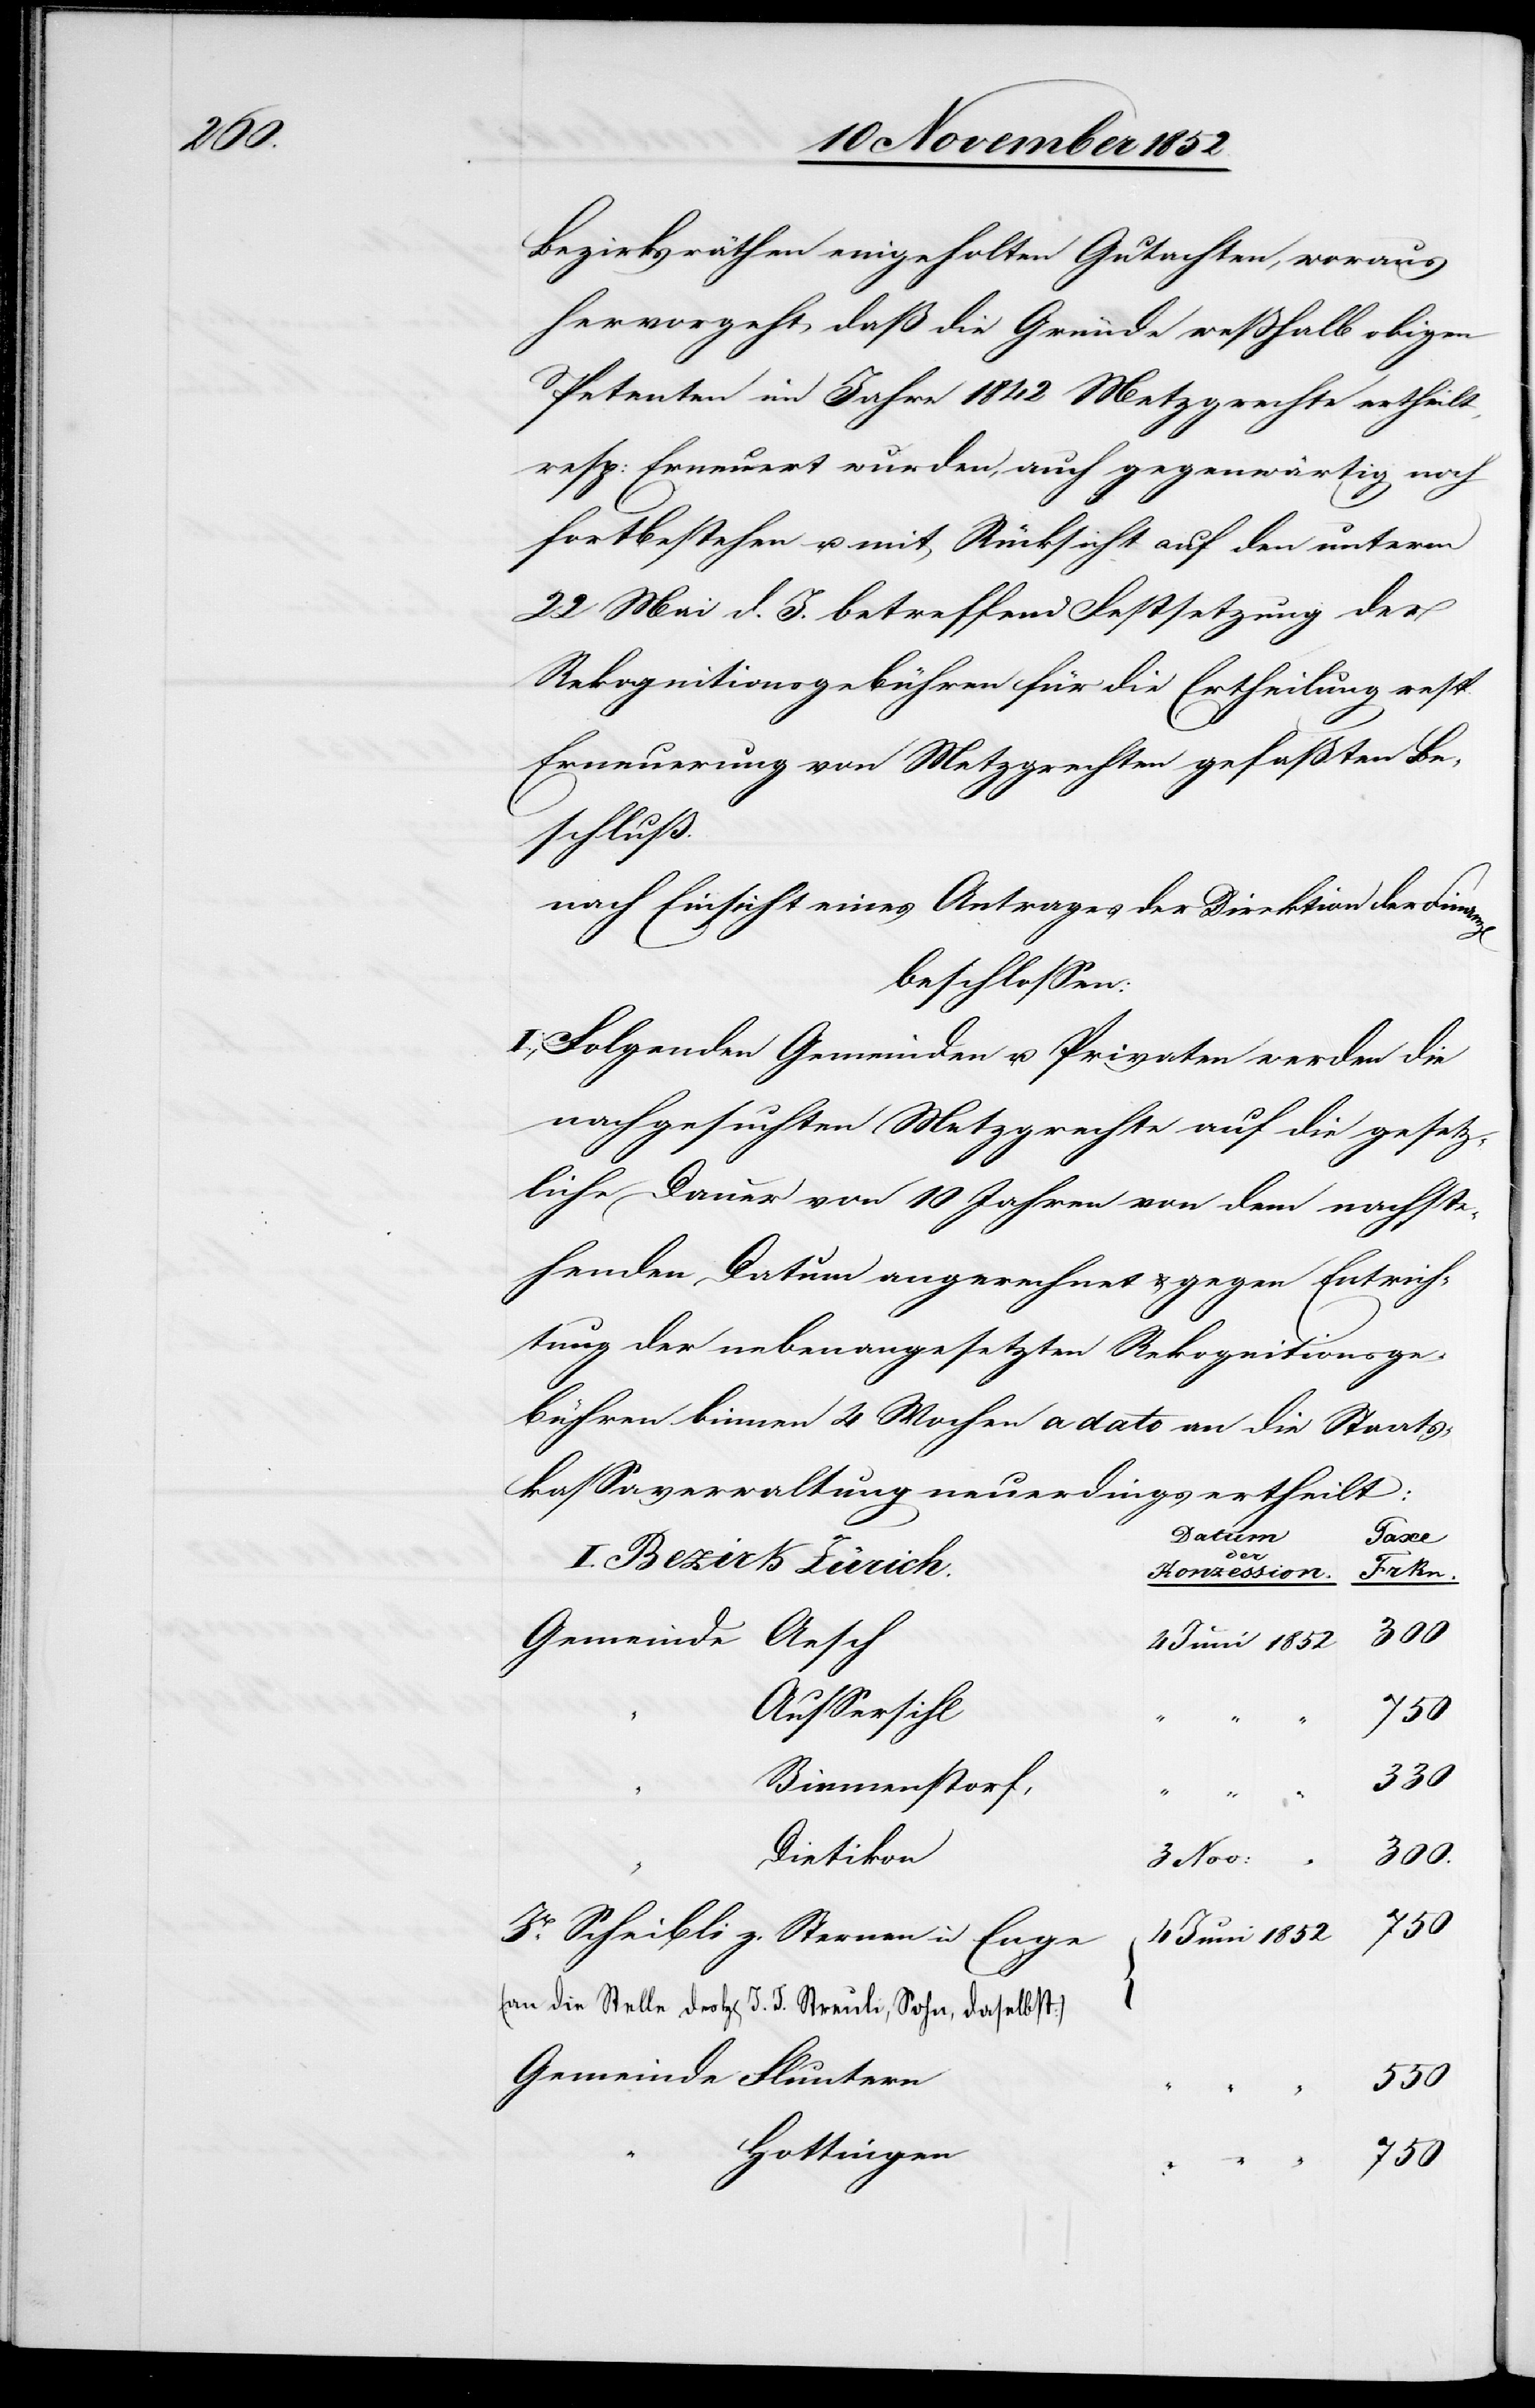
daselbst)

Bezirksräthen eingeholten Gutachten, woraus
hervorgeht, daß die Gründe weßhalb obigen
Petenten im Jahre 1842 Metzgrechte ertheilt,
resp: Erneuert wurden, auch gegenwärtig noch
fortbestehen u. mit Rücksicht auf den unterm
22 Mai d. J. betreffend Festsetzung der
Rekognitionsgebühren für die Ertheilung resp.
Erneuerung von Metzgrechten gefaßten Be¬
schluß.
nach Einsicht eines Antrages der Direktion der Finan¬
beschlossen:
I., Folgenden Gemeinden u. Privaten werden die
nachgesuchten Metzgrechte auf die gesetz¬
liche Dauer von 10 Jahren von dem nachste¬
henden Datum angerechnet & gegen Entrich¬
tung der nebenangesetzten Rekognitionsge¬
bühren binnen 4 Wochen a dato an die Staats¬
kassaverwaltung neuerdings ertheilt:
Datum
Sohn,
I. Bezirk Zürich.
Konzession.
Gemeinde Aesch
Aussersihl
750
Birmenstorf,
330
Dietikon
750
Jb. Scheibli z. Sternen in Enge
Gemeinde Fluntern
550
Hottingen
750